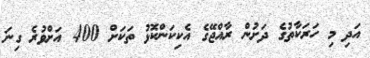
އަދި މި ހަރަކާތުގެ ދަށުން ރާއްޖޭގެ އެކިކަންކޮޅު ތަކަށް 400 އަށްވުރެ ގިނަ